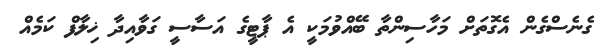
ގެނެސްގެން އެގޮތަށް މަހާސިންތާ ބޭއްވުމަކީ އެ ޕާޓީގެ އަސާސީ ގަވާއިދާ ޚިލާފް ކަމެއް